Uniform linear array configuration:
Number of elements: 8
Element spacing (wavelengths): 0.5
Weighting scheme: uniform
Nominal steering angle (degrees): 0
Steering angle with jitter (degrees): -1.35
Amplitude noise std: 0.05
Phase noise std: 0.05

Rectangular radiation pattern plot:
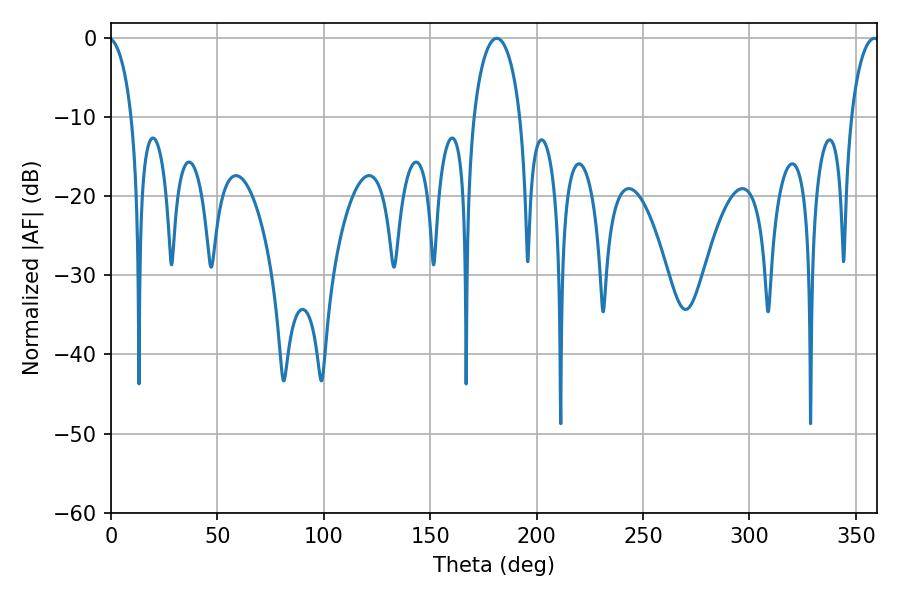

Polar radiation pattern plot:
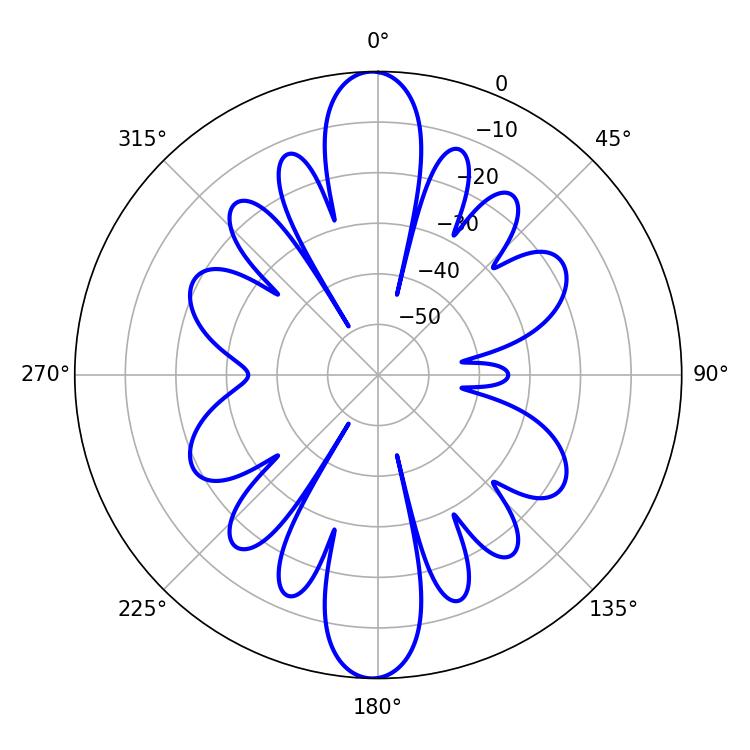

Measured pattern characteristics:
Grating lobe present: FALSE
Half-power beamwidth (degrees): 12.6
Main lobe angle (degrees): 181.26